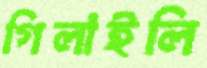
গিলাইলি